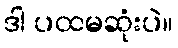
ဒါ ပထမဆုံးပဲ။